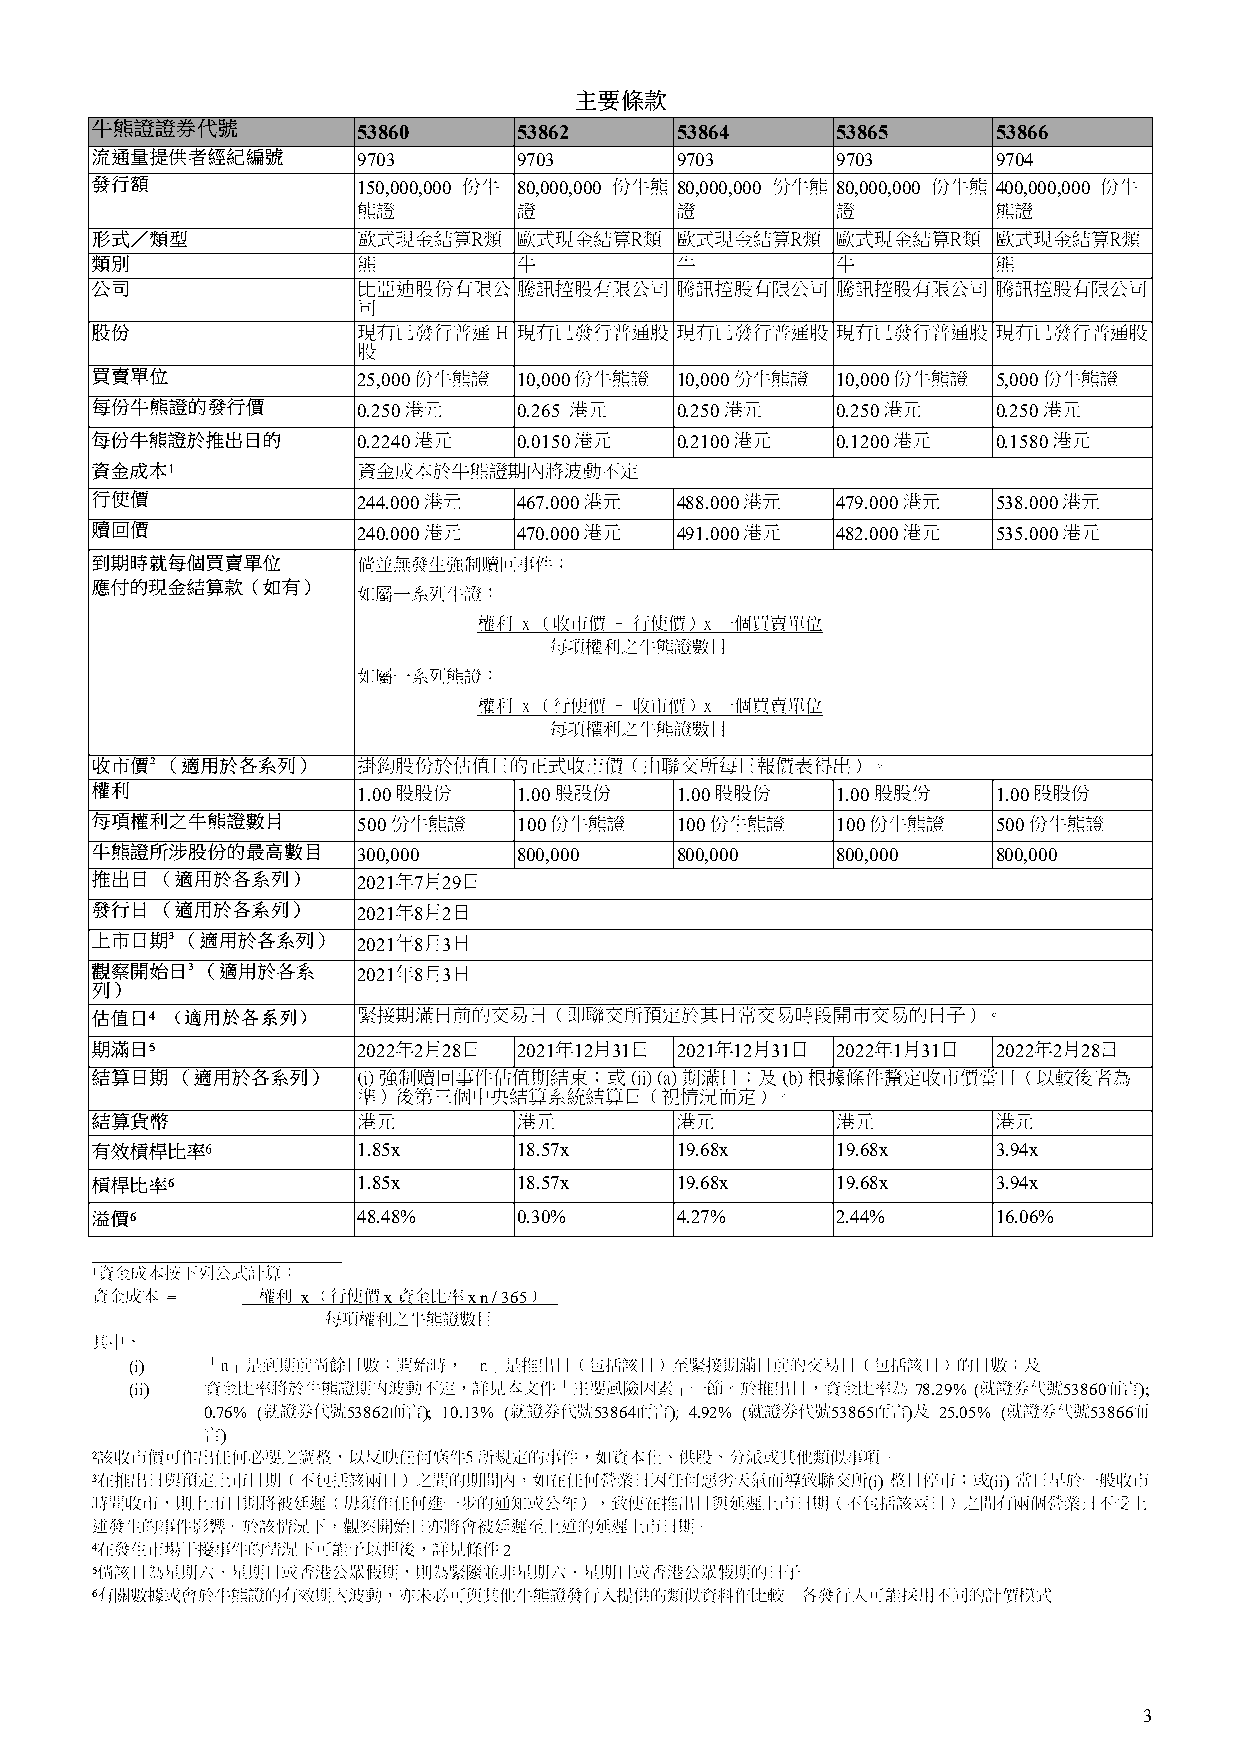
53860     53862      53864     53865      53866
 9703      9703       9703      9703       9704
 150,000,000 80,000,000 80,000,000 80,000,000 400,000,000
 25,000    10,000     10,000    10,000     5,000
 0.250     0.265      0.250     0.250      0.250
 0.2240    0.0150     0.2100    0.1200     0.1580
 1
 244.000   467.000    488.000   479.000    538.000
 240.000   470.000    491.000   482.000    535.000
 1.00      1.00       1.00      1.00       1.00
 500       100        100       100        500
 300,000   800,000    800,000   800,000    800,000
 2021 7 29
 2021 8 2
 2021 8 3
 2021 8 3
 4
 5             2022 2 28 2021 12 31 2021 12 31 2022 1 31 2022 2 28
 1.85x     18.57x     19.68x    19.68x     3.94x
 6            1.85x     18.57x     19.68x    19.68x     3.94x
 6              48.48%    0.30%      4.27%     2.44%      16.06%
 _____________________________
 1
 =        x    x     x n / 365 .
 (i)
 (ii)                                                78.29%(  53860 );
 0.76% (  53862 ); 10.13% ( 53864 ); 4.92% ( 53865 ) 25.05% ( 53866
 )
 2
 3                                                  (i)     (ii)
 4                          2
 5
 6
 3